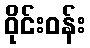
ဝိုင်းဝန်း